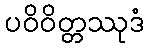
ပဝိဝိတ္တဿုဒံ